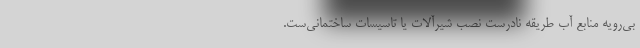
بی‌رویه منابع آب طریقه نادرست نصب شیرآلات یا تاسیسات ساختمانی‌ست.